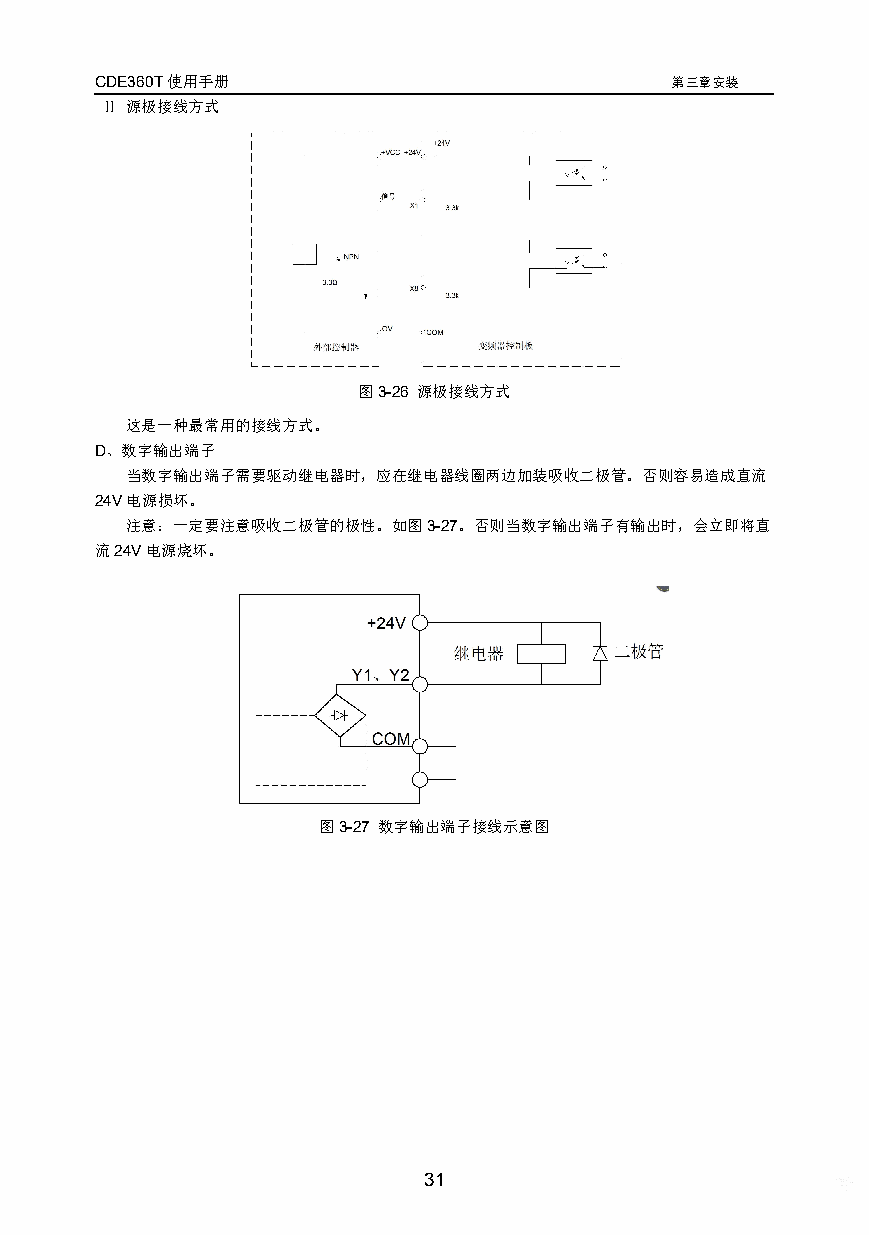
CDE360T使用手册                           第三章安装
 Ⅱ 源极接线方式
 图3-26 源极接线方式
 这是一种最常用的接线方式。
 D、数字输出端子
 当数字输出端子需要驱动继电器时，应在继电器线圈两边加装吸收二极管。否则容易造成直流
 24V电源损坏。
 注意：一定要注意吸收二极管的极性。如图3-27。否则当数字输出端子有输出时，会立即将直
 流24V电源烧坏。
 图3-27 数字输出端子接线示意图
 31